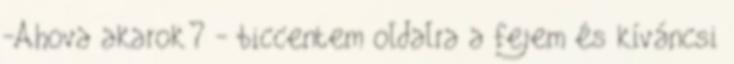
-Ahova akarok? - biccentem oldalra a fejem és kíváncsi